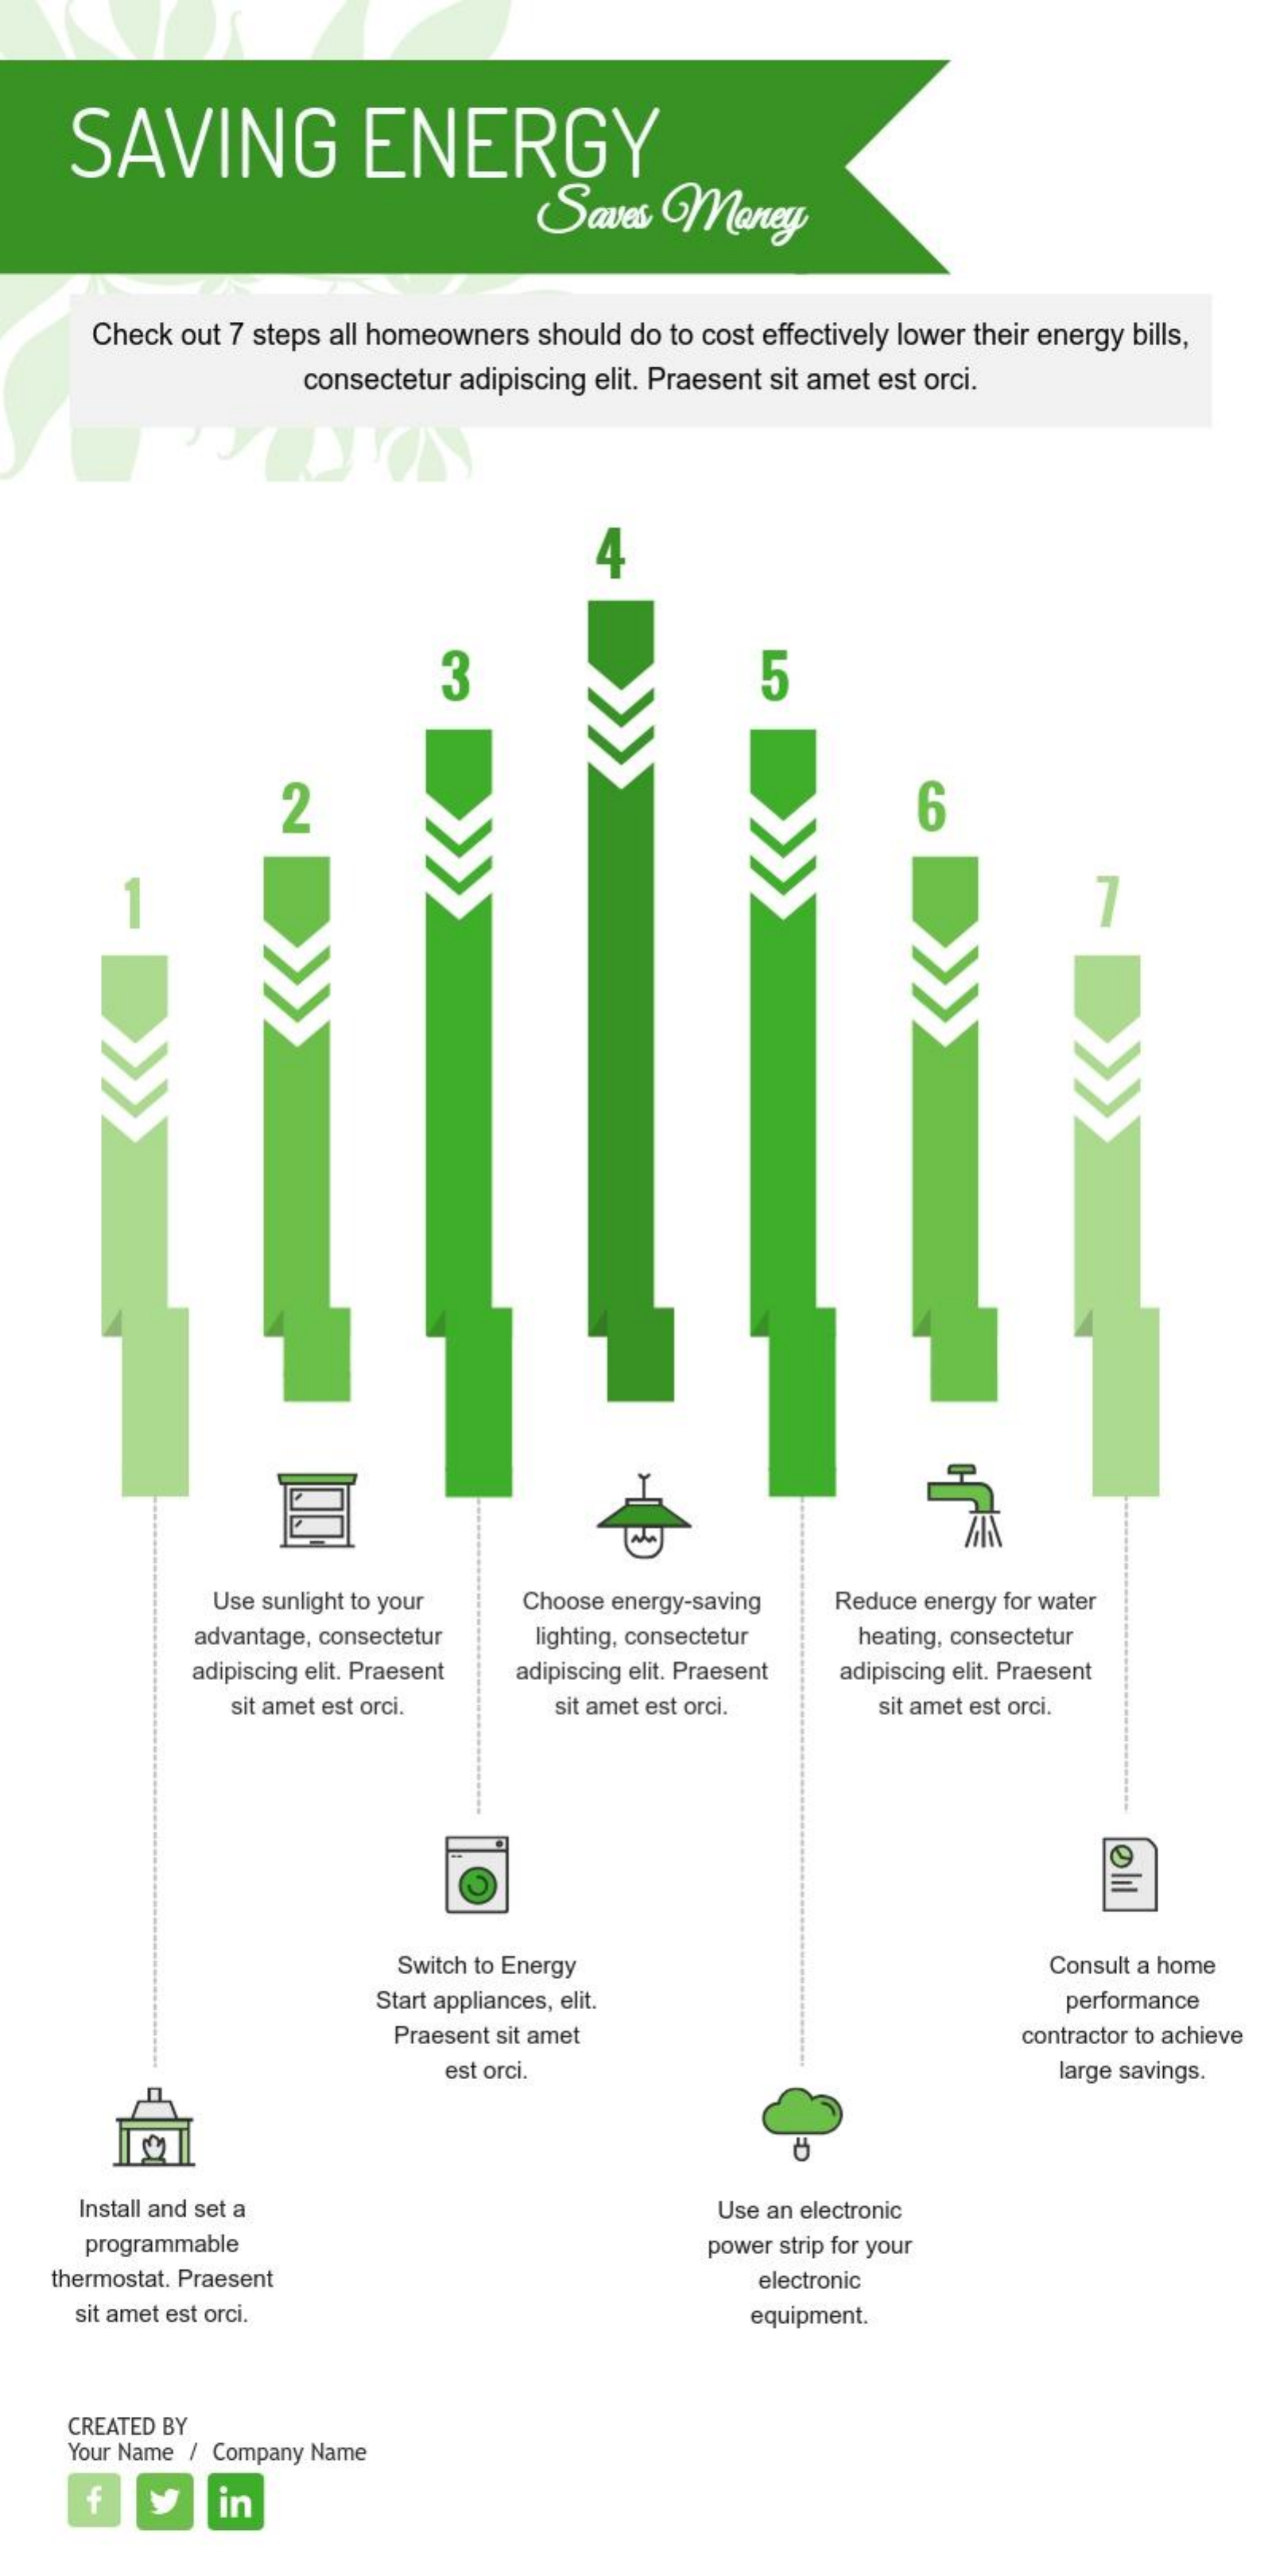
SAVING    ENERGY
     Saves    Maney
     Check out 7 steps all homeowners should do to cost effectively lower their energy bills,
     consectetur adipiscing elit. Praesent sit amet est orci.
     4
     3    5
     2    6
     -
     7
     Use sunlight to your Choose energy-saving Reduce energy for water
     advantage, consectetur lighting, consectetur heating, consectetur
     adipiscing elit. Praesent adipiscing elit. Praesent adipiscing elit. Praesent
     sit amet est orci.    sit amet est orci.   sit amet est orci.
     Ølil
     Switch to Energy    Consult a home
     Start appliances, elit.    performance
     Praesent sit amet    contractor to achieve
     est orci.    large savings.
     Install and set a    Use an electronic
     programmable    power strip for your
    thermostat. Praesent    electronic
     sit amet est orci.    equipment.
     CREATED BY
     Your Name / Company Name
     f    in